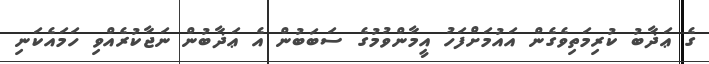
ގެ ޢަޛާބު ކުރިމަތިވެގެން އައުމަށްފަހު އީމާންވުމުގެ ސަބަބުން އެ ޢަޛާބުން ނަޖާކުރެއްވި ހަމައެކަނި